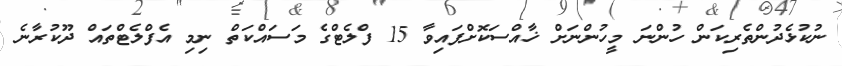
ނުކުޅެދުންތެރިކަން ހުންނަ މީހުންނަށް ޚާއްސަކޮށްފައިވާ 15 ފްލެޓްގެ މަސައްކަތް ނިމި އެފްލެޓްތައް ދޫކުރާނެ